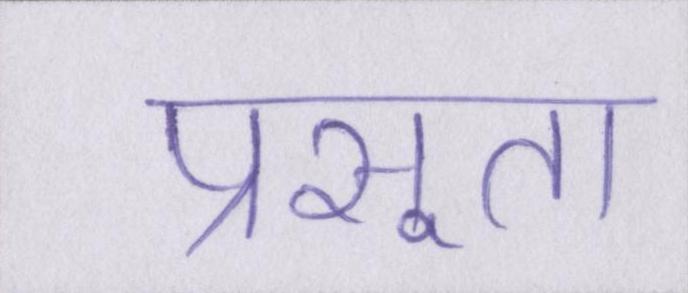
प्रसूता